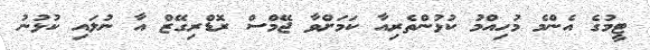
ޓީމުގެ އެންމެ މުހިއްމު ކުޅުންތެރިއާ ކަމަށްވާ ޖޭމްސް ރޮޑްރިގޭޒް އާ ނުލައި ކުޅުނު